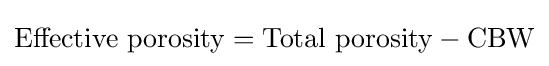
{\text{Effective porosity}}={\text{Total porosity}}-{\text{CBW}}